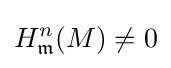
H_{\mathfrak {m}}^{n}(M)\neq 0